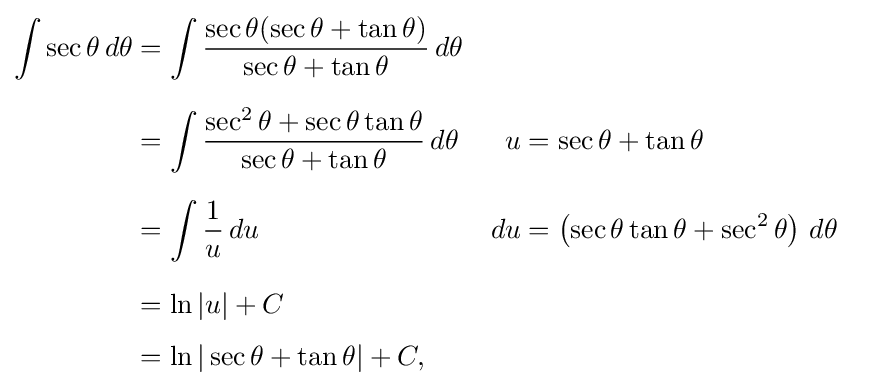
{\begin{aligned}\int \sec \theta \,d\theta &=\int {\frac {\sec \theta (\sec \theta +\tan \theta )}{\sec \theta +\tan \theta }}\,d\theta \\[6pt]&=\int {\frac {\sec ^{2}\theta +\sec \theta \tan \theta }{\sec \theta +\tan \theta }}\,d\theta &u&=\sec \theta +\tan \theta \\[6pt]&=\int {\frac {1}{u}}\,du&du&=\left(\sec \theta \tan \theta +\sec ^{2}\theta \right)\,d\theta \\[6pt]&=\ln |u|+C\\[4pt]&=\ln |\sec \theta +\tan \theta |+C,\end{aligned}}